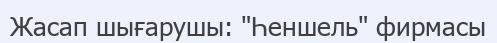
Жасап шығарушы: "Һеншель" фирмасы